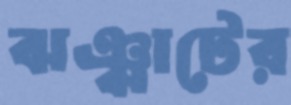
ঝঞ্ঝাটের